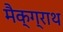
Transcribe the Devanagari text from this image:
मैक्ग्राथ